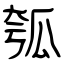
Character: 瓠